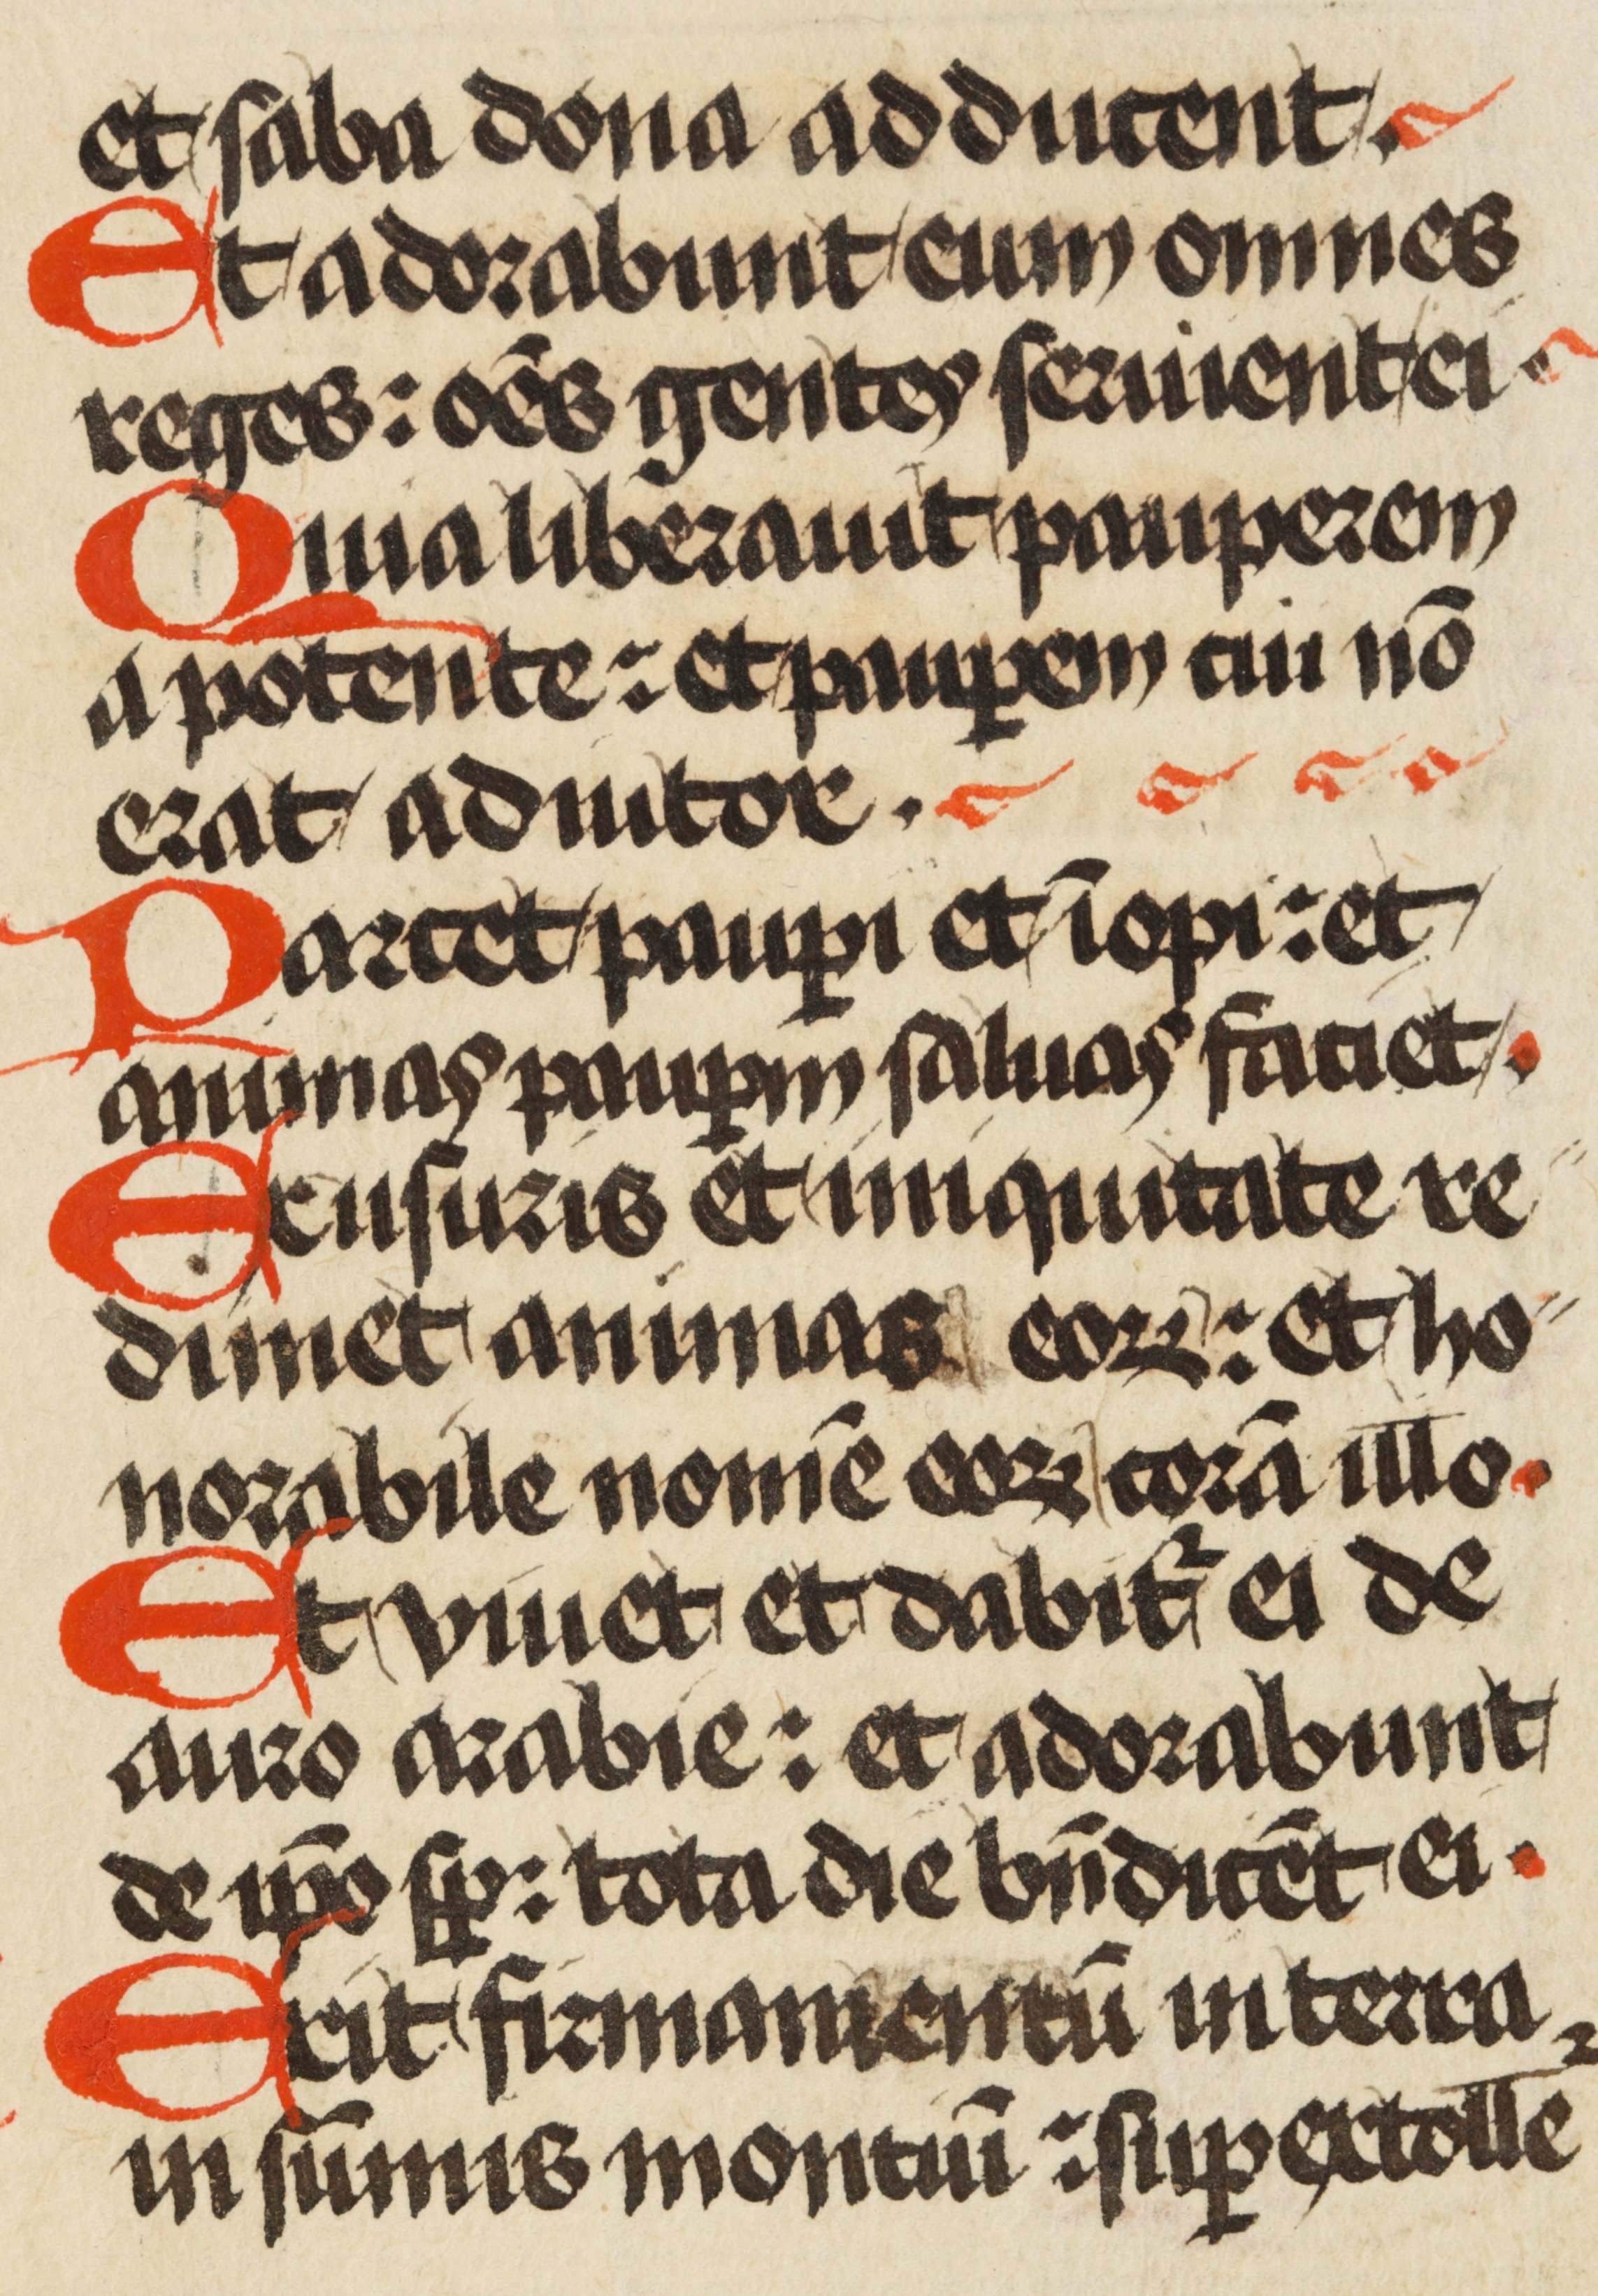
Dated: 1471–1471